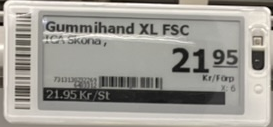
Vara: Gummihand XL FSC
Genomsnittspris: 21.95 per st